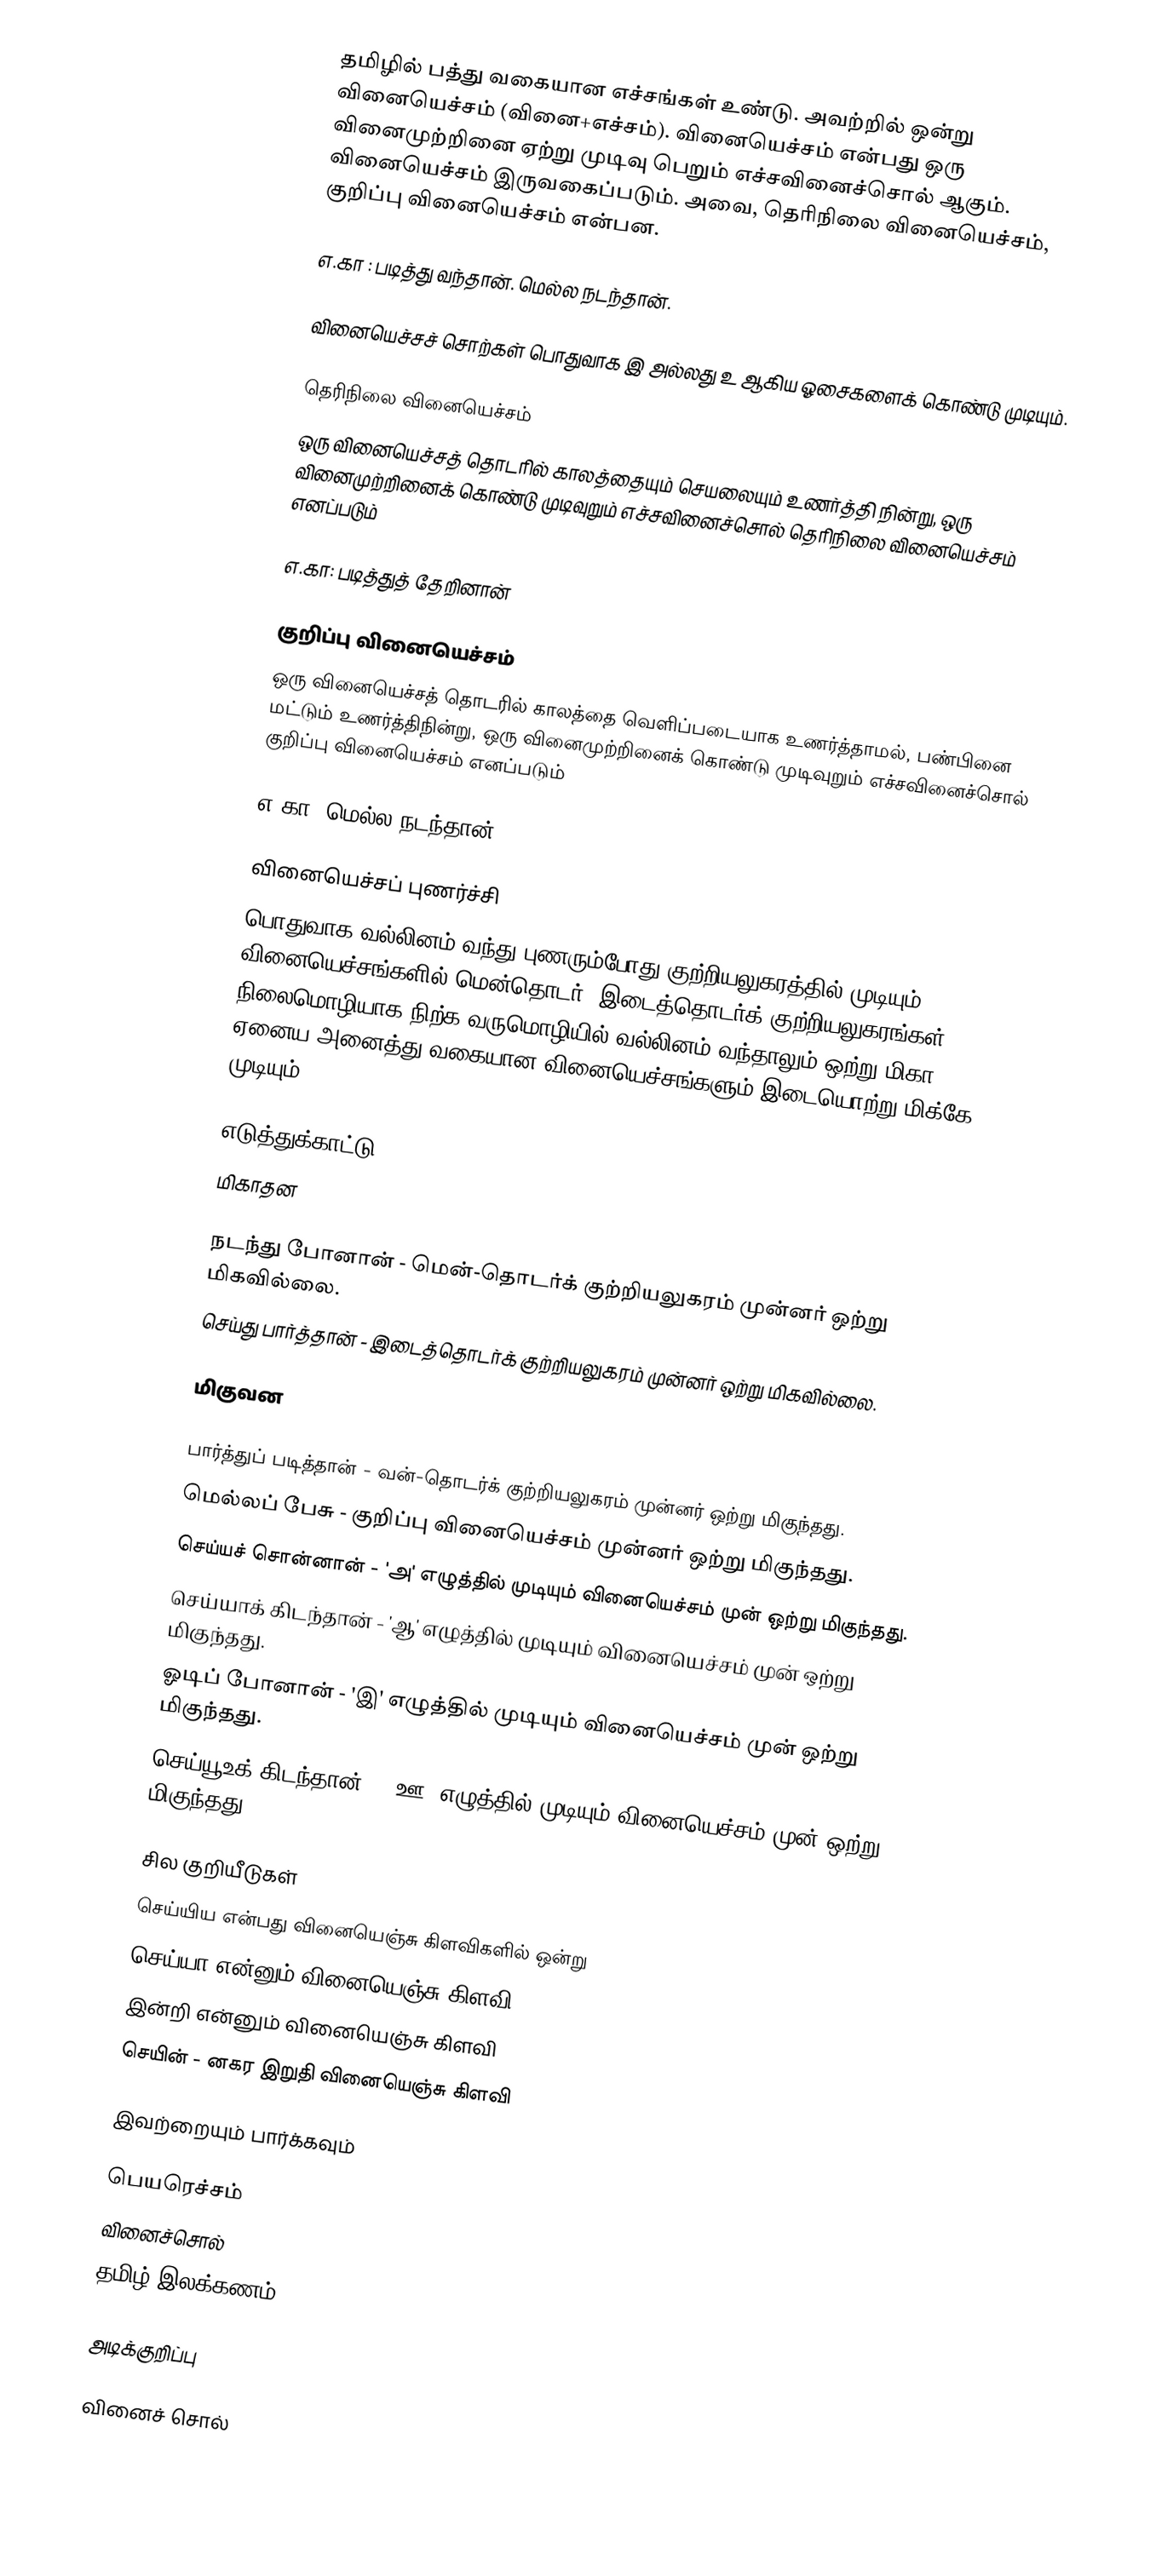
தமிழில் பத்து வகையான எச்சங்கள் உண்டு. அவற்றில் ஒன்று வினையெச்சம் (வினை+எச்சம்). வினையெச்சம் என்பது ஒரு வினைமுற்றினை ஏற்று முடிவு பெறும் எச்சவினைச்சொல் ஆகும். வினையெச்சம் இருவகைப்படும். அவை, தெரிநிலை வினையெச்சம், குறிப்பு வினையெச்சம் என்பன.

எ.கா :  படித்து வந்தான். மெல்ல நடந்தான்.

வினையெச்சச் சொற்கள் பொதுவாக இ அல்லது உ ஆகிய ஓசைகளைக் கொண்டு முடியும்.

தெரிநிலை வினையெச்சம்
ஒரு வினையெச்சத் தொடரில் காலத்தையும் செயலையும் உணர்த்தி நின்று, ஒரு வினைமுற்றினைக் கொண்டு முடிவுறும் எச்சவினைச்சொல் தெரிநிலை வினையெச்சம் எனப்படும்

எ.கா: படித்துத் தேறினான்

குறிப்பு வினையெச்சம்
ஒரு வினையெச்சத் தொடரில் காலத்தை வெளிப்படையாக உணர்த்தாமல், பண்பினை மட்டும் உணர்த்திநின்று, ஒரு வினைமுற்றினைக் கொண்டு முடிவுறும் எச்சவினைச்சொல் குறிப்பு வினையெச்சம் எனப்படும்

எ.கா: மெல்ல நடந்தான்

வினையெச்சப் புணர்ச்சி
பொதுவாக வல்லினம் வந்து புணரும்போது குற்றியலுகரத்தில் முடியும் வினையெச்சங்களில் மென்தொடர், இடைத்தொடர்க் குற்றியலுகரங்கள் நிலைமொழியாக நிற்க வருமொழியில் வல்லினம் வந்தாலும் ஒற்று மிகா. ஏனைய அனைத்து வகையான வினையெச்சங்களும் இடையொற்று மிக்கே முடியும்.

எடுத்துக்காட்டு
மிகாதன

 நடந்து போனான் - மென்-தொடர்க் குற்றியலுகரம் முன்னர் ஒற்று மிகவில்லை.
 செய்து பார்த்தான் - இடைத்தொடர்க் குற்றியலுகரம் முன்னர் ஒற்று மிகவில்லை.

மிகுவன

 பார்த்துப் படித்தான் - வன்-தொடர்க் குற்றியலுகரம் முன்னர் ஒற்று மிகுந்தது.
 மெல்லப் பேசு - குறிப்பு வினையெச்சம் முன்னர் ஒற்று மிகுந்தது.
 செய்யச் சொன்னான் - 'அ' எழுத்தில் முடியும் வினையெச்சம் முன் ஒற்று மிகுந்தது.
 செய்யாக் கிடந்தான் - 'ஆ' எழுத்தில் முடியும் வினையெச்சம் முன் ஒற்று மிகுந்தது.
 ஓடிப் போனான் - 'இ' எழுத்தில் முடியும் வினையெச்சம் முன் ஒற்று மிகுந்தது.
 செய்யூஉக் கிடந்தான் - 'ஊ' எழுத்தில் முடியும் வினையெச்சம் முன் ஒற்று மிகுந்தது.

சில குறியீடுகள்
 செய்யிய என்பது வினையெஞ்சு கிளவிகளில் ஒன்று
 செய்யா என்னும் வினையெஞ்சு கிளவி
 இன்றி என்னும் வினையெஞ்சு கிளவி
 செயின் - னகர இறுதி வினையெஞ்சு கிளவி

இவற்றையும் பார்க்கவும்

 பெயரெச்சம்
 வினைச்சொல்
 தமிழ் இலக்கணம்

அடிக்குறிப்பு

வினைச் சொல்